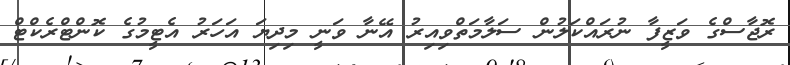
ރޮޖާސްގެ ވަޒީފާ ނުރައްކަލުން ސަލާމަތްވިއިރު އޭނާ ވަނީ މިދިޔަ އަހަރު އެޓީމުގެ ކޮންޓްރެކްޓް